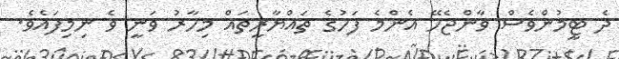
ދެ ޓީމުންވެސް ވާންޖެހޭ އެންމެ ފަހުގެ ތައްޔާރީތައް މިހާރު ވަނީ ވެ ނިމިފައެވެ.